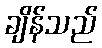
ချိန်သည်